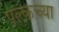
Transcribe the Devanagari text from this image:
पल्कच्या